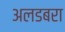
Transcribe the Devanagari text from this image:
अलडबरा